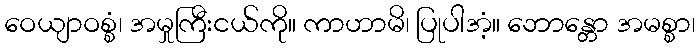
ဝေယျာဝစ္စံ၊ အမှုကြီးငယ်ကို။ ကာဟာမိ၊ ပြုပါအံ့။ ဘောန္တော အမစ္စာ၊